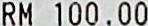
RM 100.00